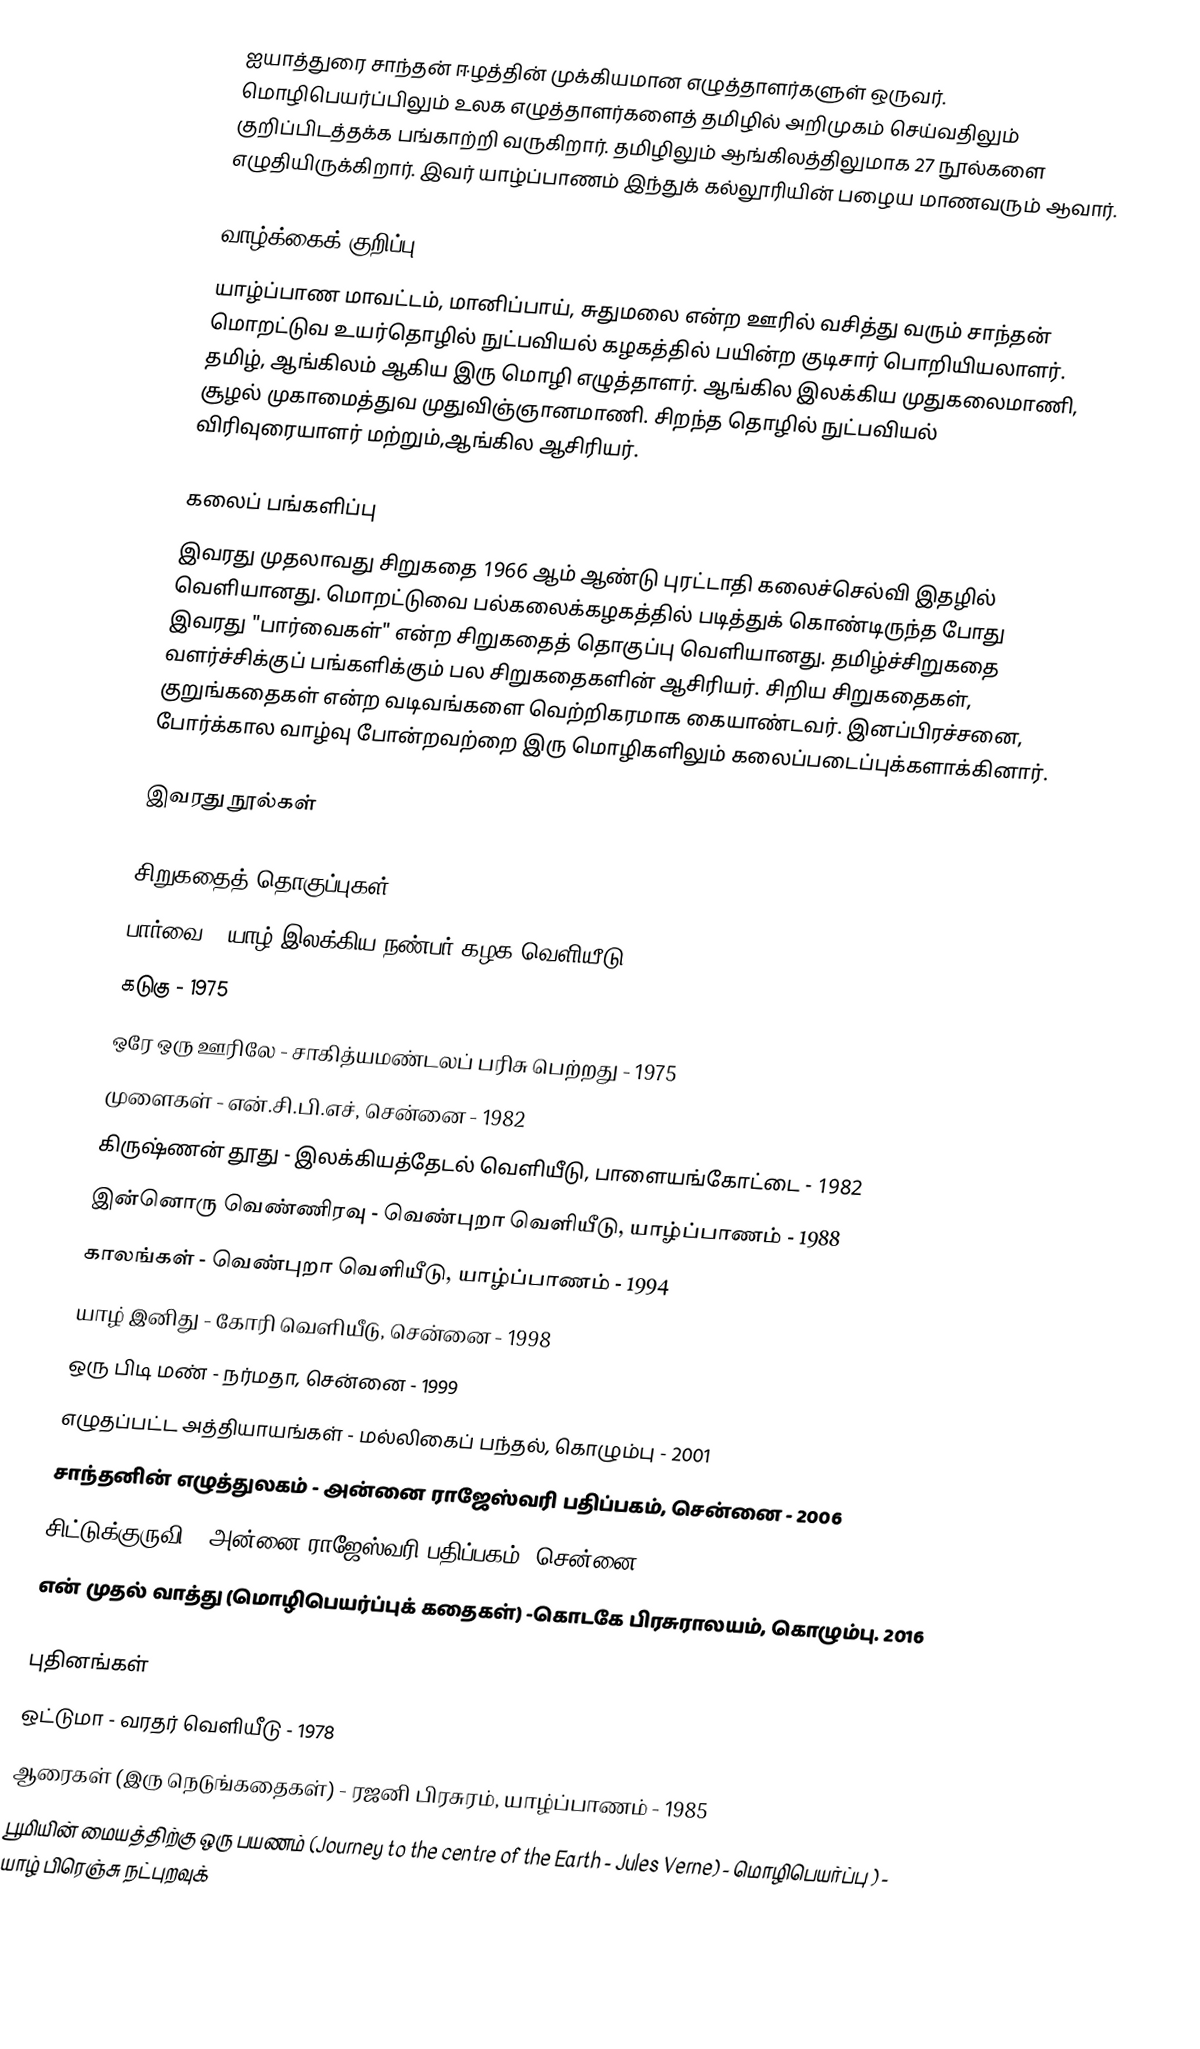
ஐயாத்துரை சாந்தன் ஈழத்தின் முக்கியமான எழுத்தாளர்களுள் ஒருவர். மொழிபெயர்ப்பிலும் உலக எழுத்தாளர்களைத் தமிழில் அறிமுகம் செய்வதிலும் குறிப்பிடத்தக்க பங்காற்றி வருகிறார். தமிழிலும் ஆங்கிலத்திலுமாக 27 நூல்களை எழுதியிருக்கிறார். இவர் யாழ்ப்பாணம் இந்துக் கல்லூரியின் பழைய மாணவரும் ஆவார்.

வாழ்க்கைக் குறிப்பு
யாழ்ப்பாண மாவட்டம், மானிப்பாய், சுதுமலை என்ற ஊரில் வசித்து வரும் சாந்தன் மொறட்டுவ உயர்தொழில் நுட்பவியல் கழகத்தில் பயின்ற குடிசார்  பொறியியலாளர். தமிழ், ஆங்கிலம் ஆகிய இரு மொழி எழுத்தாளர். ஆங்கில இலக்கிய முதுகலைமாணி, சூழல் முகாமைத்துவ முதுவிஞ்ஞானமாணி. சிறந்த தொழில் நுட்பவியல் விரிவுரையாளர் மற்றும்,ஆங்கில ஆசிரியர்.

கலைப் பங்களிப்பு
இவரது முதலாவது சிறுகதை 1966 ஆம் ஆண்டு புரட்டாதி கலைச்செல்வி இதழில் வெளியானது. மொறட்டுவை பல்கலைக்கழகத்தில் படித்துக் கொண்டிருந்த போது இவரது "பார்வைகள்" என்ற சிறுகதைத் தொகுப்பு வெளியானது. தமிழ்ச்சிறுகதை வளர்ச்சிக்குப் பங்களிக்கும் பல சிறுகதைகளின் ஆசிரியர். சிறிய சிறுகதைகள், குறுங்கதைகள் என்ற வடிவங்களை வெற்றிகரமாக கையாண்டவர். இனப்பிரச்சனை,  போர்க்கால வாழ்வு போன்றவற்றை இரு மொழிகளிலும் கலைப்படைப்புக்களாக்கினார்.

இவரது நூல்கள்

சிறுகதைத் தொகுப்புகள்
 பார்வை - யாழ் இலக்கிய நண்பர் கழக வெளியீடு - 1970
 கடுகு - 1975
 ஒரே ஒரு ஊரிலே - சாகித்யமண்டலப் பரிசு பெற்றது - 1975
 முளைகள் - என்.சி.பி.எச், சென்னை - 1982
 கிருஷ்ணன் தூது - இலக்கியத்தேடல்  வெளியீடு, பாளையங்கோட்டை - 1982
 இன்னொரு வெண்ணிரவு - வெண்புறா வெளியீடு, யாழ்ப்பாணம் -  1988
 காலங்கள் - வெண்புறா வெளியீடு, யாழ்ப்பாணம் - 1994
 யாழ் இனிது - கோரி வெளியீடு, சென்னை - 1998
 ஒரு பிடி மண் - நர்மதா, சென்னை - 1999
 எழுதப்பட்ட அத்தியாயங்கள் - மல்லிகைப் பந்தல், கொழும்பு - 2001
 சாந்தனின் எழுத்துலகம் - அன்னை ராஜேஸ்வரி பதிப்பகம், சென்னை - 2006
 சிட்டுக்குருவி - அன்னை ராஜேஸ்வரி பதிப்பகம், சென்னை - 2014
 என் முதல் வாத்து (மொழிபெயர்ப்புக் கதைகள்) -கொடகே பிரசுராலயம், கொழும்பு. 2016

புதினங்கள்
 ஒட்டுமா - வரதர் வெளியீடு - 1978
 ஆரைகள் (இரு நெடுங்கதைகள்) - ரஜனி பிரசுரம், யாழ்ப்பாணம் - 1985
 பூமியின் மையத்திற்கு ஒரு பயணம் (Journey to the centre of the Earth - Jules Verne) - மொழிபெயர்ப்பு ) - யாழ் பிரெஞ்சு நட்புறவுக்